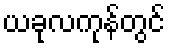
ယခုလကုန်တွင်